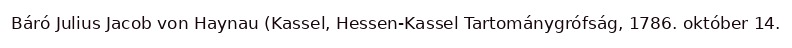
Báró Julius Jacob von Haynau (Kassel, Hessen-Kassel Tartománygrófság, 1786. október 14.